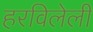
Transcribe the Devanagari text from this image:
हरविलेली